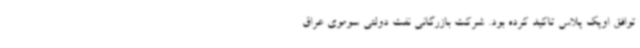
توافق اوپک پلاس تاکید کرده بود. شرکت بازرگانی نفت دولتی سوموی عراق